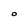
Character: O